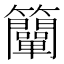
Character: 𥸍